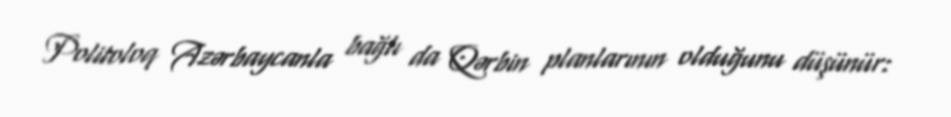
Politoloq Azərbaycanla bağlı da Qərbin planlarının olduğunu düşünür: